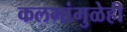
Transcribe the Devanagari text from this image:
कलमांमुळेही